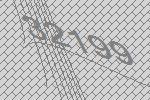
32199